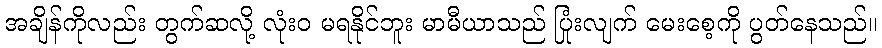
အချိန်ကိုလည်း တွက်ဆလို့ လုံးဝ မရနိုင်ဘူး မာမီယာသည် ပြုံးလျက် မေးစေ့ကို ပွတ်နေသည်။